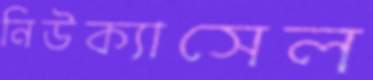
নিউক্যাসেল